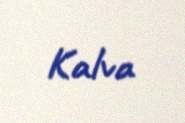
Kalva